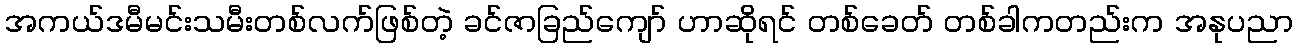
အကယ်ဒမီမင်းသမီးတစ်လက်ဖြစ်တဲ့ ခင်ဇာခြည်ကျော် ဟာဆိုရင် တစ်ခေတ် တစ်ခါကတည်းက အနုပညာ